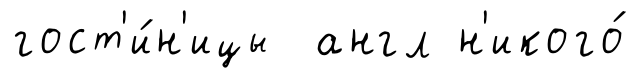
гост'и́н'ицы англ н'икого́